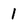
Character: 1